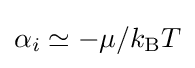
\alpha _{i}\simeq -\mu /k_{\text{B}}T